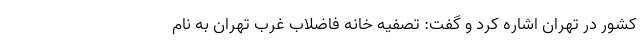
کشور در تهران اشاره کرد و گفت: تصفیه خانه فاضلاب غرب تهران به نام